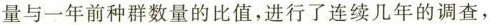
量与一年前种群数量的比值，进行了连续几年的调查，